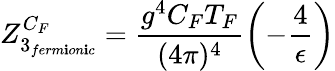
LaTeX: Z_{3_{ferm\mathbf{i}on\mathbf{i}c}}^{C_{F}}=\frac{{g^{4}C_{F}T_{F}}}{{(4\pi)^{4}}}\left(-\frac{{4}}{{\epsilon}}\right)